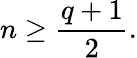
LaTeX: n\geq{\frac{q+1}{2}}.